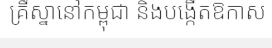
គ្រឹស្នានៅកម្ពុជា និងបង្កើតឱកាស